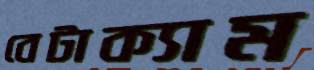
বেটাক্যাম